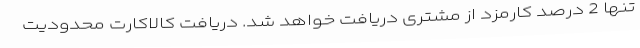
تنها 2 درصد کارمزد از مشتری دریافت خواهد شد. دریافت کالاکارت محدودیت